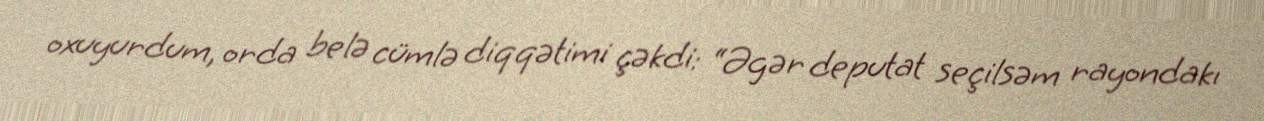
oxuyurdum, orda belə cümlə diqqətimi çəkdi: “Əgər deputat seçilsəm rayondakı